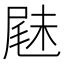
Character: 𡲧